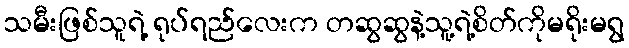
သမီးဖြစ်သူရဲ့ ရုပ်ရည်လေးက တဆွဆွနဲ့သူ့ရဲ့စိတ်ကိုမရိုးမရွ